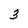
Character: 3